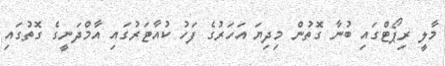
މާލީ ރިޕޯޓްގައި ބުނާ ގޮތުން މިދިޔަ އަހަރުގެ ފަހު ކުއާޓަރުގައި އާމްދަނީގެ ގޮތުގައި